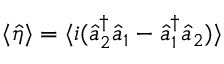
\langle \hat { \eta } \rangle = \langle i ( \hat { a } _ { 2 } ^ { \dagger } \hat { a } _ { 1 } - \hat { a } _ { 1 } ^ { \dagger } \hat { a } _ { 2 } ) \rangle